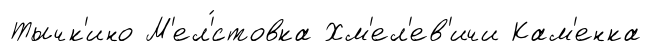
Тычк'ино М'ел'́стовка Хм'ел'ев'ичи Кам'енка